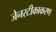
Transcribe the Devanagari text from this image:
जेनरटीकाकरण